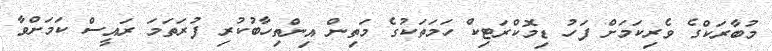
މުބާރަކްގެ ވެރިކަމަށް ފަހު ޑިމޮކްރަޓިކް ހަމަތަކުގެ މަތިން އިންތިހާބުކުރި ފުރަތަމަ ރައީސް ކަމަށްވާ